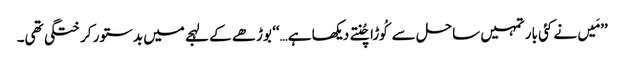
’’مَیں نے کئی بار تمہیں ساحل سےکُوڑا چُنتے دیکھا ہے…‘‘ بوڑھے کے لہجے میں بدستور کرختگی تھی۔